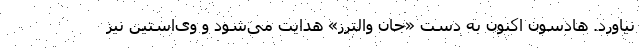
نیاورد. هادسون اکنون به دست «جان والترز» هدایت می‌شود و وی‌استین نیز